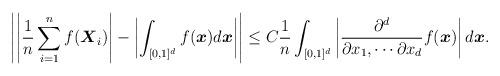
LaTeX: \begin{align*}\left|\left|\frac{1}{n}\sum_{i=1}^nf(\boldsymbol{X}_i)\right|-\left|\int_{[0,1]^d}f(\boldsymbol{x})d\boldsymbol{x}\right|\right|\leq C\frac{1}{n}\int_{[0,1]^d}\left|\frac{\partial^d}{\partial x_1,\cdots\partial x_d}f(\boldsymbol{x})\right|d\boldsymbol{x}.\end{align*}